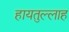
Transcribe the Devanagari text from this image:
हायतुल्लाह